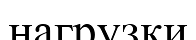
нагрузки